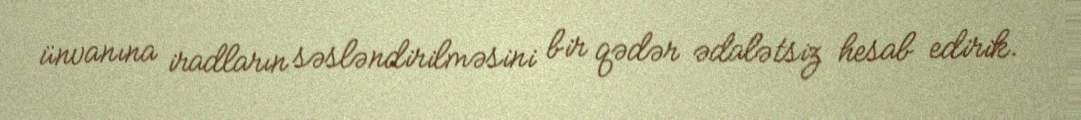
ünvanına iradların səsləndirilməsini bir qədər ədalətsiz hesab edirik.